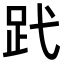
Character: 𧿑